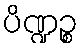
ပိဏ္ဍဉ္စ